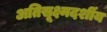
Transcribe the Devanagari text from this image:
अतिसूक्ष्मदर्शीय